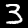
Label: 3